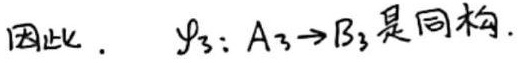
因此. $\varphi_3: A_3 \to B_3$ 是同构.